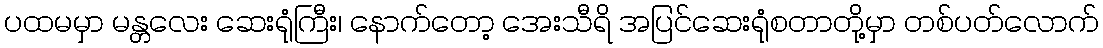
ပထမမှာ မန္တလေး ဆေးရုံကြီး၊ နောက်တော့ အေးသီရိ အပြင်ဆေးရုံစတာတို့မှာ တစ်ပတ်လောက်